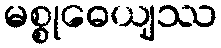
မစ္စုဓေယျဿ